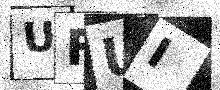
Text: UFUI